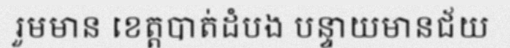
រួមមាន ខេត្តបាត់ដំបង បន្ទាយមានជ័យ